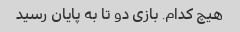
هیچ کدام. بازی دو تا به پایان رسید